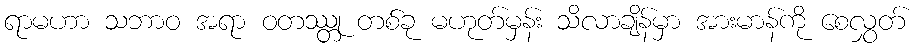
ရာမဟာ သဘာဝ အရာ ဝတဿ္တု တစ်ခု မဟုတ်မှန်း သိလာချိန်မှာ အားမာန်ကို စေလွှတ်